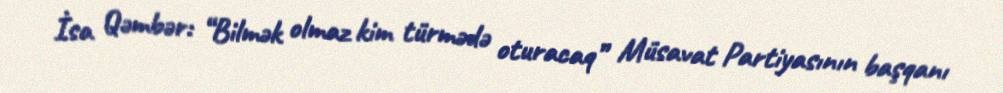
İsa Qəmbər: “Bilmək olmaz kim türmədə oturacaq” Müsavat Partiyasının başqanı